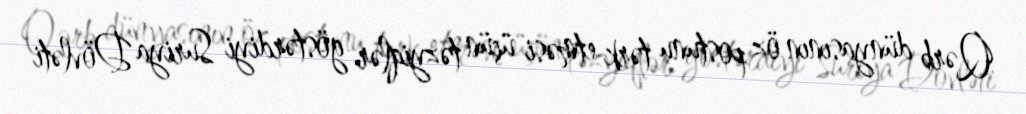
Qərb dünyasının öz postunu tərk etməsi üçün təzyiqlər göstərdiyi Suriya Dövləti